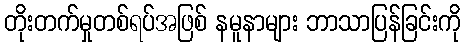
တိုးတက်မှုတစ်ရပ်အဖြစ် နမူနာများ ဘာသာပြန်ခြင်းကို